Reports on dispensaries and lunatic asylums in the Province of Oudh - 1869-1876
Year: 1869
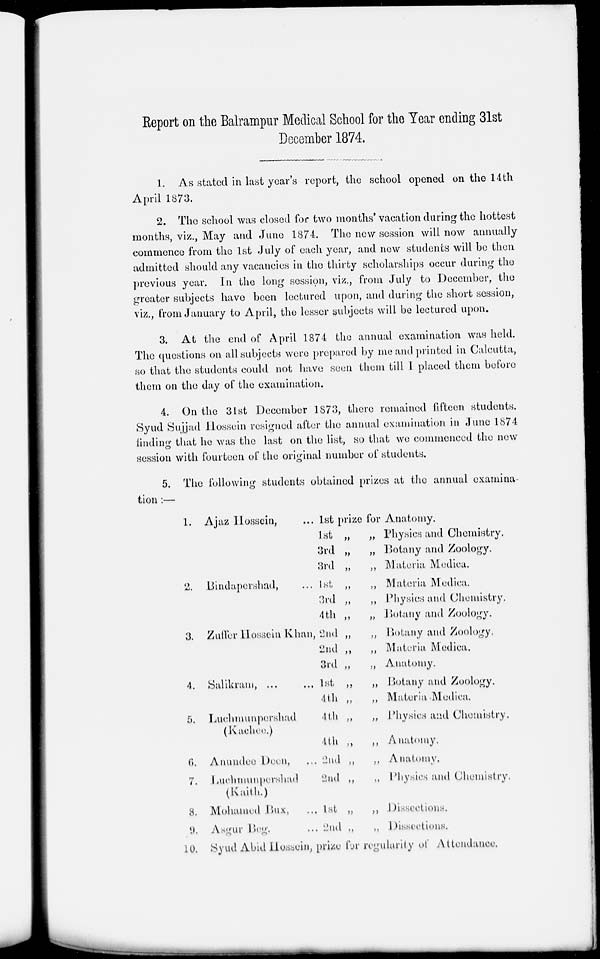
Report on the Balrampur Medical School for the Year ending 31st
December 1874.
1. As stated in last year's report, the school opened on the 14th
April 1873.
2. The school was closed for two months'vacation during the hottest
months, viz., May and June 1874. The new session will now annually
commence from the 1st July of each year, and new students will be then
admitted should any vacancies in the thirty scholarships occur during the
previous year. In the long session, viz., from July to December, the
greater subjects have been lectured upon, and during the short session,
viz., from January to April, the lesser subjects will be lectured upon.
3. At the end of April 1874 the annual examination was held.
The questions on all subjects were prepared by me and printed in Calcutta,
so that the students could not have seen them till I placed them before
them on the day of the examination.
4. On the 31st December 1873, there remained fifteen students.
Syud Sujjad Hossein resigned after the annual examination in June 1874
finding that he was the last on the list, so that we commenced the new
session with fourteen of the original number of students.
5. The following students obtained prizes at the annual examina-
tion :—
1.
3.
4.
5.
6.
7.
8.
9.
10.
Ajaz Hossein, ... 1st prize for
1 st „
„
3rd „ „
3rd „ „
Bindapershad,
... 1st „
„
3rd „ „
4th „ „
Zuffer Hossein Khan, 2nd „
„
2nd „ „
3rd „
„
Salikram, ...
... 1st „
„
4th „
„
Luchmunpershad
4 th „
„
(Kachee.)
4th „
„
Anundee Deen,
... 2nd „
„
Luchmunpershad
2nd
„ „
(Kaith.)
Mohamed Bux,
... 1st „
„
Asgur Beg.
... 2nd „ „
Anatomy.
Physics and Chemistry.
Botany and Zoology.
Materia Medica.
Materia Medica.
Physics and Chemistry.
Botany and Zoology.
Botany and Zoology.
Materia Medica.
Anatomy.
Botany and Zoology.
Materia Medica.
Physics and Chemistry.
A natomy.
A natomy.
Physics and Chemistry.
Disseetions.
Dissections.
Syud Abid Hossein, prize for regularily of Attendance.